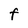
Character: F